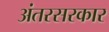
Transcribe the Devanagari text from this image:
अंतरसरकार